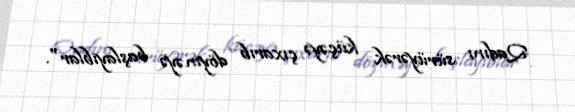
Qadını sürüyərək küçəyə çıxarıb döyməyə başlayıblar".